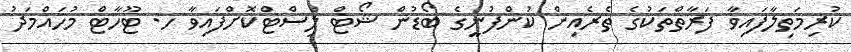
ކުރިމަތިލާފައިވާ ފަރާތްތަކުގެ ތެރެއިން ކުންފުނީގެ ބޯޑުން ޝޯޓް ލިސްޓްކޮށްފައިވާ ހ. ޓޫހާޓް މުހައްމަދު